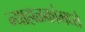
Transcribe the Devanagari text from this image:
न्याहाळकांमध्ये